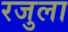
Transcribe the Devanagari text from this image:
रजुला